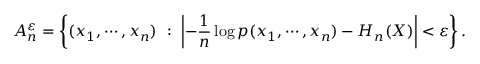
A _ { n } ^ { \varepsilon } = \left\{ ( x _ { 1 } , \cdots , x _ { n } ) \ : \ \left| - { \frac { 1 } { n } } \log p ( x _ { 1 } , \cdots , x _ { n } ) - H _ { n } ( X ) \right| < \varepsilon \right\} .